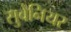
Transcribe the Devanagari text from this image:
सुवेनियर